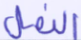
النمل